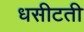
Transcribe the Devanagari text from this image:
धसीटती